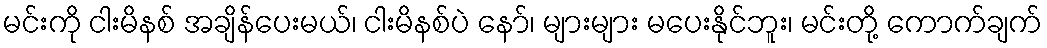
မင်းကို ငါးမိနစ် အချိန်ပေးမယ်၊ ငါးမိနစ်ပဲ နော်၊ များများ မပေးနိုင်ဘူး၊ မင်းတို့ ကောက်ချက်